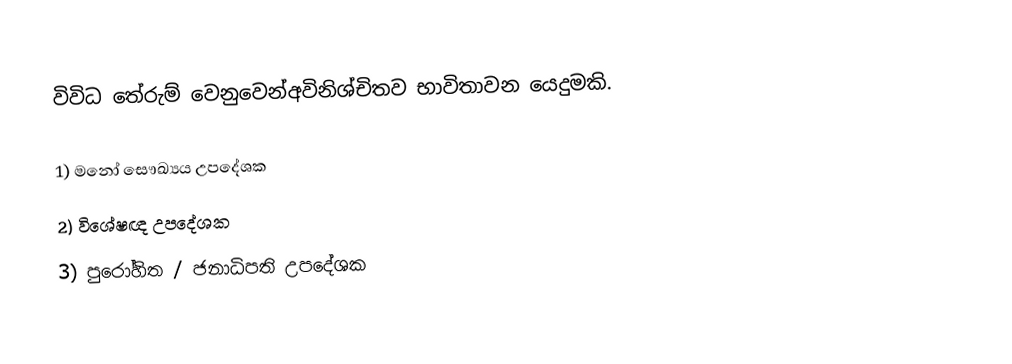
විවිධ තේරුම් වෙනුවෙන්අවිනිශ්චිතව භාවිතාවන යෙදුමකි.

1) මනෝ සෞඛ්‍යය උපදේශක
2) විශේෂඥ උපදේශක
3) පුරෝහිත / ජනාධිපති උපදේශක